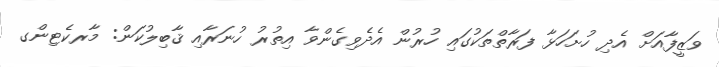
ވަޒީފާއަށް އެދި ހުށަހަޅާ ފަރާތްތަކުގައި ހުރުން އެދެވިގެންވާ އިތުރު ހުނަރާއި ޤާބިލުކަން: މާރކެޓިންގ